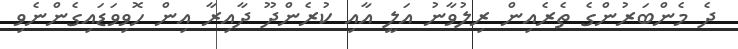
ދެ މެންބަރުންގެ ތެރެއިން ރިލުވާނު އަލީ އާއި ކުރެންދޫ ދާއިރާ އިން ހޮވިވަޑައިގެންނެވި